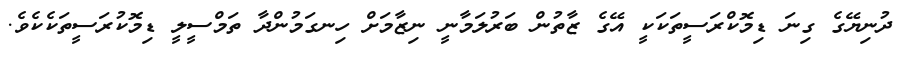
ދުނިޔޭގެ ގިނަ ޑިމޮކްރަސީތަކަކީ އޭގެ ޒާތުން ބަރުލަމާނީ ނިޒާމަށް ހިނގަމުންދާ ތަމްސީލީ ޑިމޮކުރަސީތަކެކެވެ.